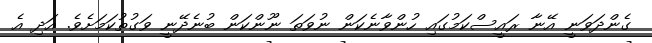
ގެންދަވަނީ އޭނާ ރައީސްކަމުގައި ހުންވާނެކަން ނުވަތަ ނޫންކަން ބުނެދޭނީ ވަގުތުކަމަށެވެ. އަދި އެ